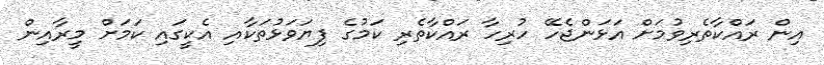
އިން ރައްކާތެރިވުމަށް އަޅަންޖެހޭ ހުރިހާ ރައްކާތެރި ކަމުގެ ފިޔަވަޅުތަކާއި އެކީގައި ކަމަށް މީރާއިން